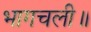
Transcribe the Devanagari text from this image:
भागचली॥